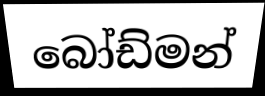
බෝඩ්මන්